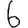
Digit: 6